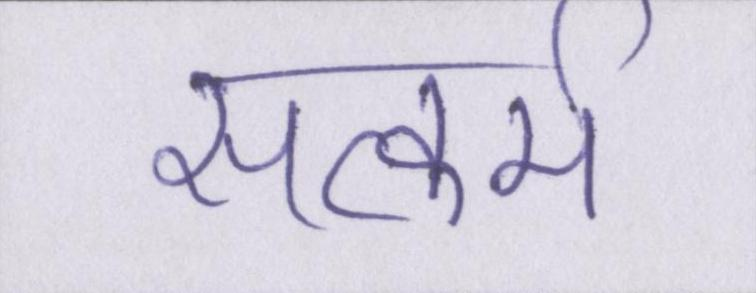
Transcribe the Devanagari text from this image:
सत्कर्म